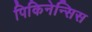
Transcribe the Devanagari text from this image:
पिकिनेन्सिस